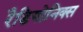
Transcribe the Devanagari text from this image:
रैडियोनिक्स